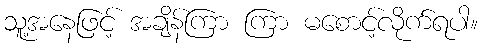
သူ့အနေဖြင့် အချိန်ကြာ ကြာ မစောင့်လိုက်ရပါ။